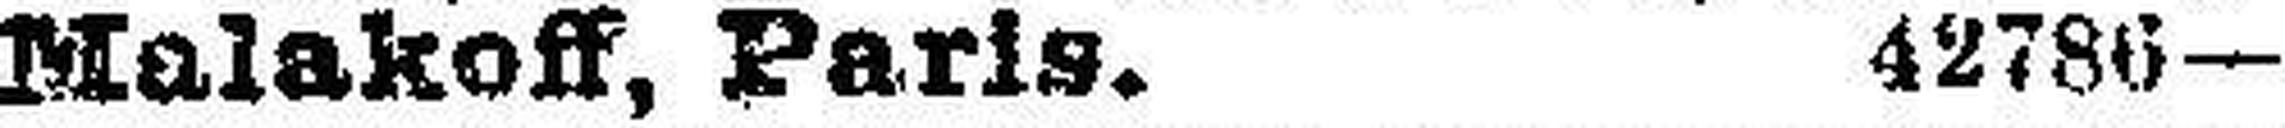
Malakoff, Paris. 42786—1